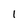
Character: 1